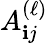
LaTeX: A_{\mathbf{i}j}^{(\ell)}